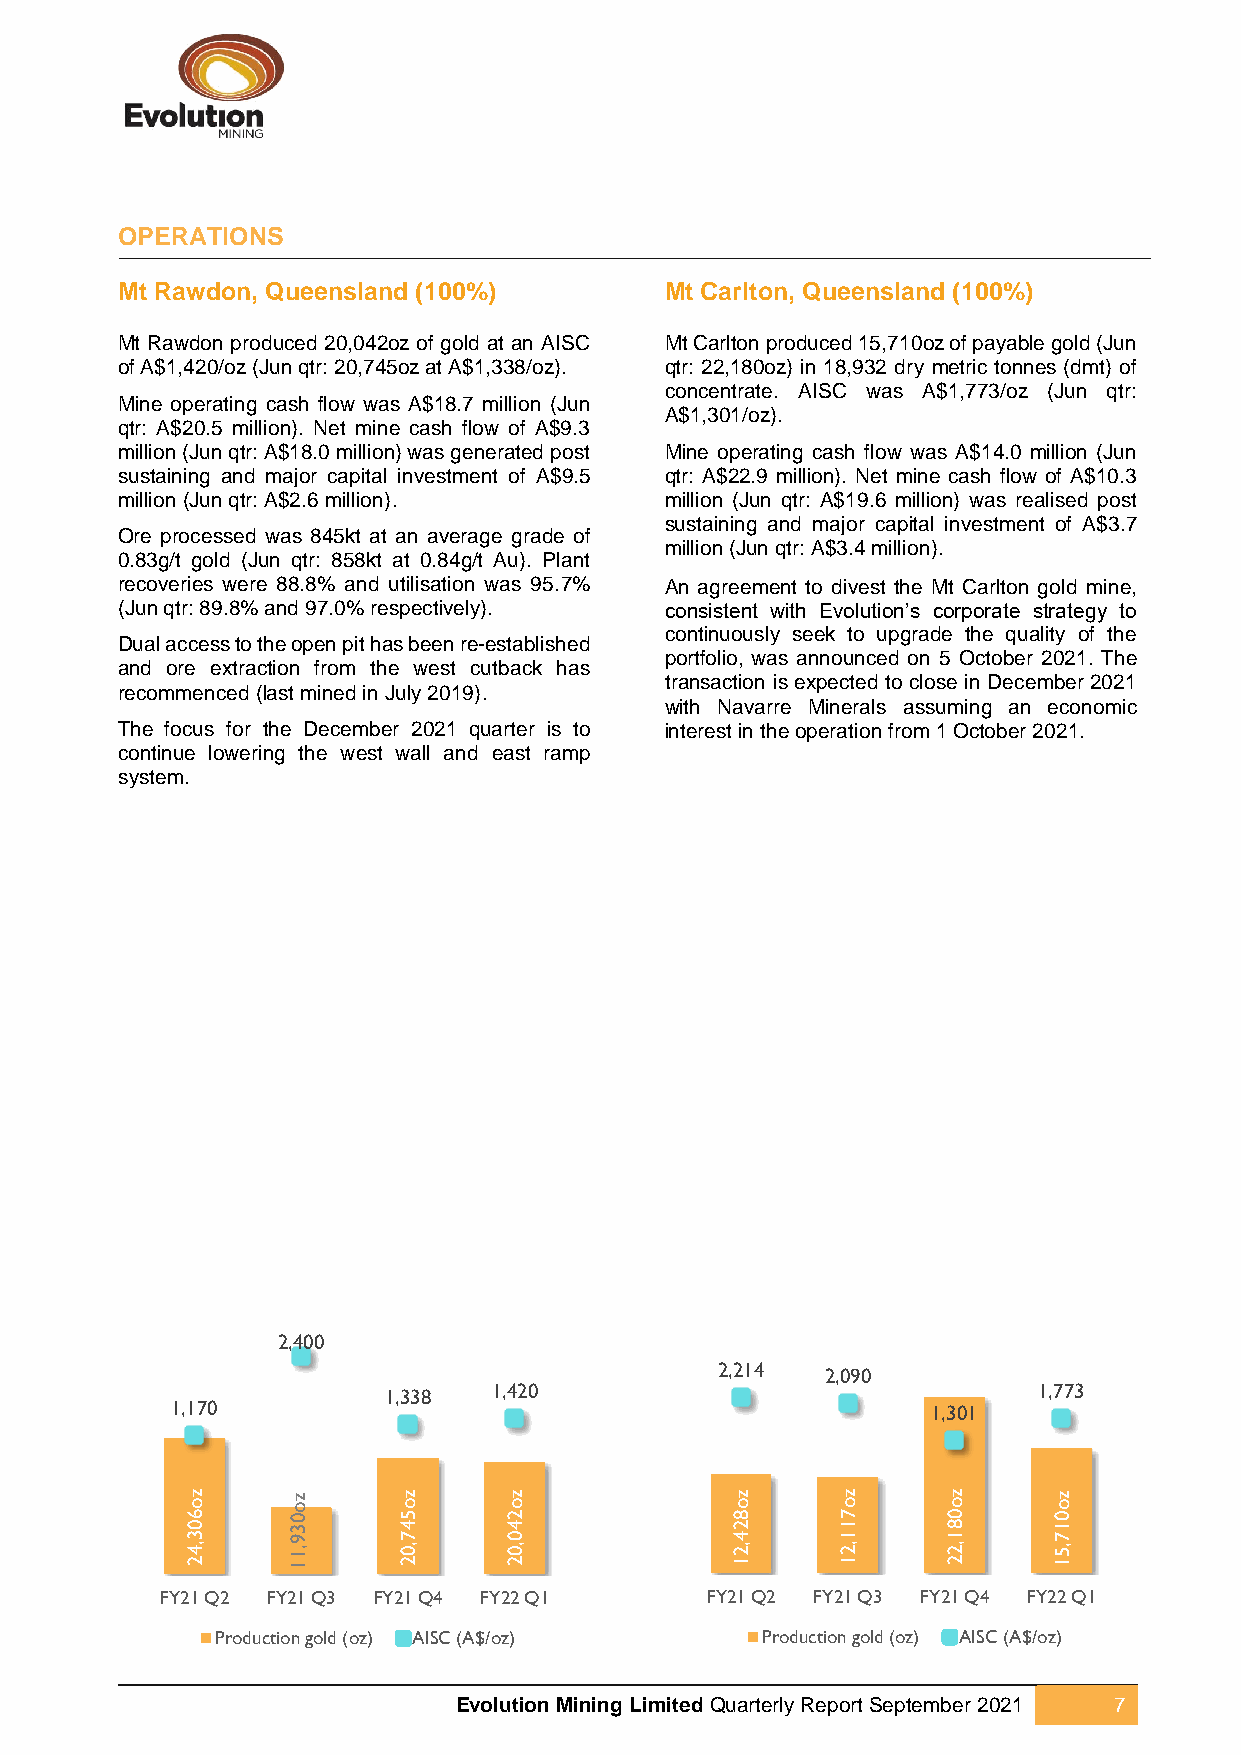
OPERATIONS
 Mt Rawdon, Queensland (100%)        Mt Carlton, Queensland (100%)
 Mt Rawdon produced 20,042oz of gold at an AISC Mt Carlton produced 15,710oz of payable gold (Jun
 of A$1,420/oz (Jun qtr: 20,745oz at A$1,338/oz). qtr: 22,180oz) in 18,932 dry metric tonnes (dmt) of
 concentrate. AISC was A$1,773/oz (Jun qtr:
 Mine operating cash flow was A$18.7 million (Jun
 A$1,301/oz).
 qtr: A$20.5 million). Net mine cash flow of A$9.3
 million (Jun qtr: A$18.0 million) was generated post Mine operating cash flow was A$14.0 million (Jun
 sustaining and major capital investment of A$9.5 qtr: A$22.9 million). Net mine cash flow of A$10.3
 million (Jun qtr: A$2.6 million).   million (Jun qtr: A$19.6 million) was realised post
 sustaining and major capital investment of A$3.7
 Ore processed was 845kt at an average grade of
 million (Jun qtr: A$3.4 million).
 0.83g/t gold (Jun qtr: 858kt at 0.84g/t Au). Plant
 recoveries were 88.8% and utilisation was 95.7% An agreement to divest the Mt Carlton gold mine,
 (Jun qtr: 89.8% and 97.0% respectively). consistent with Evolution’s corporate strategy to
 continuously seek to upgrade the quality of the
 Dual access to the open pit has been re-established
 portfolio, was announced on 5 October 2021. The
 and ore extraction from the west cutback has
 transaction is expected to close in December 2021
 recommenced (last mined in July 2019).
 with Navarre Minerals assuming an economic
 The focus for the December 2021 quarter is to interest in the operation from 1 October 2021.
 continue lowering the west wall and east ramp
 system.
 2,400
 2,214  2,090
 1,338   1,420                               1,773
 1,170                                              1,301
 z o    z o    z o    z o            z o     z o    z o    z o
 6 0 3 ,4
 2
 0 3 9 ,1
 1
 5 4 7 ,0
 2
 2 4 0 ,0
 2
 8 2 4 ,2
 1
 7 1 1 ,2
 1
 0 8 1 ,2
 2
 0 1 7 ,5
 1
 FY21 Q2 FY21 Q3 FY21 Q4 FY22 Q1     FY21 Q2 FY21 Q3 FY21 Q4 FY22 Q1
 Production gold (oz) AISC (A$/oz)   Production gold (oz) AISC (A$/oz)
 Evolution Mining Limited Quarterly Report September 2021 7